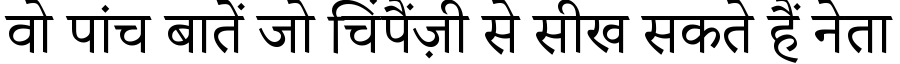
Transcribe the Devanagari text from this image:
वो पांच बातें जो चिंपैंज़ी से सीख सकते हैं नेता